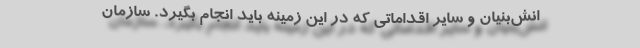
انش‌بنیان و سایر اقداماتی که در این زمینه باید انجام بگیرد. سازمان